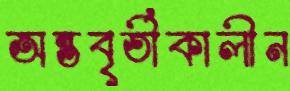
অন্তবৃর্তীকালীন